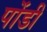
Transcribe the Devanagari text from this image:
पोंडी